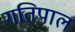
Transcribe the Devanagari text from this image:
गतिपाल